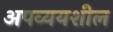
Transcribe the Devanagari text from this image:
अपव्ययशील